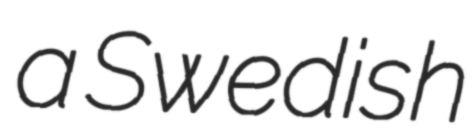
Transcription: a Swedish